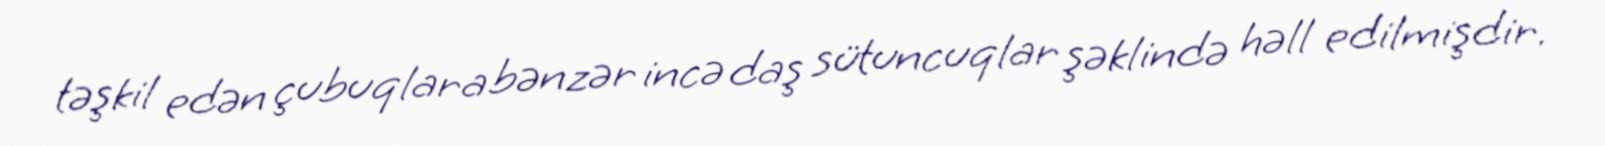
təşkil edən çubuqlara bənzər incə daş sütuncuqlar şəklində həll edilmişdir.